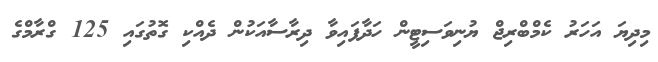
މިދިޔަ އަހަރު ކެމްބްރިޖް ޔުނިވަސިޓީން ހަދާފައިވާ ދިރާސާއަކުން ދެއްކި ގޮތުގައި 125 ގްރާމްގެ